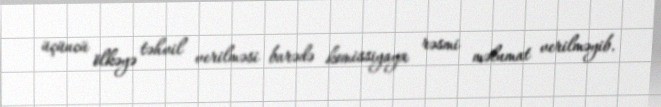
üçüncü ölkəyə təhvil verilməsi barədə komissiyaya rəsmi məlumat verilməyib.